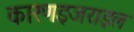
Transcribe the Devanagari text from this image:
कारणइजराइल